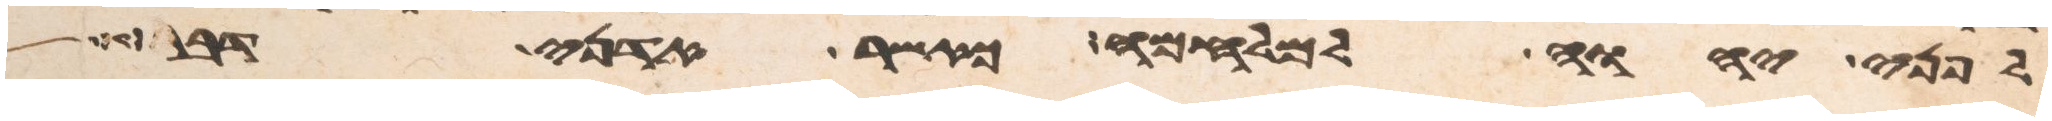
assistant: לפני יהוה למלחמה כאשר אדני דבר